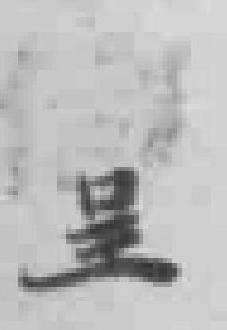
呈